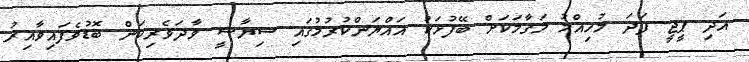
އަދި ޕީޖީ ފަދަ މުހިއްމު މަގާމަކަށް ބޭފުޅަކު އައްޔަންކުރުމުގައި ސިޔާސީ ވާދަވެރިކަން ބޮޑުވެފައިވާއިރު